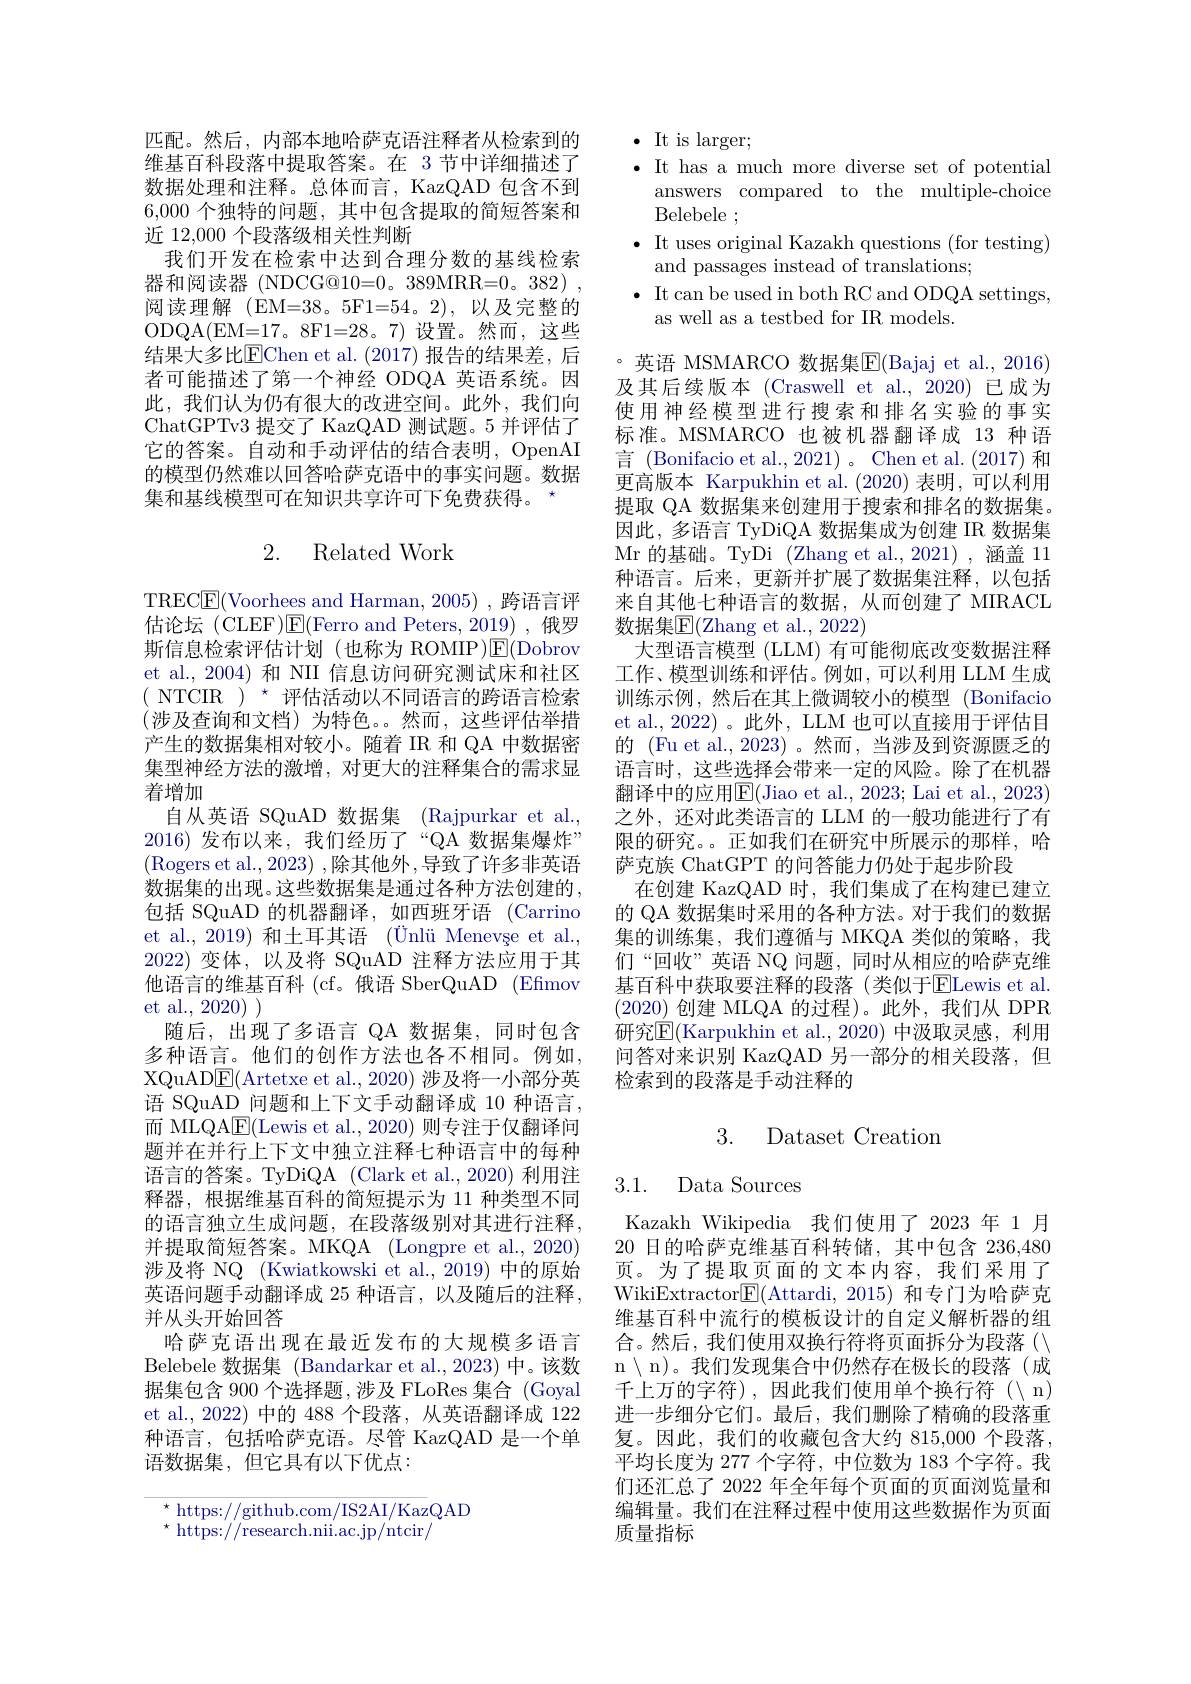
匹配。然后，内部本地哈萨克语注释者从检索到的维基百科段落中提取答案。在 3 节中详细描述了数据处理和注释。总体而言，KazQAD 包含不到6,000个独特的问题，其中包含提取的简短答案和近 12,000 个段落级相关性判断
我们开发在检索中达到合理分数的基线检索器和阅读器 (NDCG@10=0。389MRR=0。382) , 阅读理解(EM=38。5F1=54。2),以及完整的ODQA( EM= 17。8F1= 28。7) 设置。然而，这些结果大多比$\overline{\mathrm{EChen~et~al.~(2017)~}}$报告的结果差，后者可能描述了第一个神经 ODQA 英语系统。因此，我们认为仍有很大的改进空间。此外，我们向ChatGPTv3 提交了 KazQAD 测试题。5 并评估了它的答案。自动和手动评估的结合表明，OpenAI 的模型仍然难以回答哈萨克语中的事实问题。数据集和基线模型可在知识共享许可下免费获得。

# 2. Related Work

TREC$\boxed{\mathrm{F}}($Voorhees and Harman, 2005) , 跨语言评估论坛(CLEF)$\mathsf{E}($Ferro and Peters,2019),俄罗斯信息检索评估计划(也称为 ROMIP)$\mathbb{E}($Dobrov et al.,2004) 和 NII 信息访问研究测试床和社区( NTCIR ) $^{\star}$评估活动以不同语言的跨语言检索(涉及查询和文档)为特色。然而，这些评估举措产生的数据集相对较小。随着 IR 和 QA 中数据密集型神经方法的激增，对更大的注释集合的需求显着增加
自从英语 SQuAD 数据集 (Rajpurkar et al., 2016)发布以来，我们经历了“QA 数据集爆炸” (Rogers et al., 2023) ,除其他外，导致了许多非英语数据集的出现。这些数据集是通过各种方法创建的， 包括 SQuAD 的机器翻译，如西班牙语 (Carrino et al., 2019) 和土耳其语 (Ünlü Menevșe et al., 2022)变体，以及将 SQuAD 注释方法应用于其他语言的维基百科 (cf。俄语 SberQuAD (Efmov et al., 2020)
随后，出现了多语言 QA 数据集，同时包含多种语言。他们的创作方法也各不相同。例如， XQuAD$\underline{\mathrm{E}}($Artetxe et al., 2020) 涉及将一小部分英语 SQuAD 问题和上下文手动翻译成 10 种语言， 而 MLQA$\boxed{\mathrm{F}}($Lewis et al., 2020) 则专注于仅翻译问题并在并行上下文中独立注释七种语言中的每种语言的答案。TyDiQA (Clark et al.,2020) 利用注释器，根据维基百科的简短提示为 11 种类型不同的语言独立生成问题，在段落级别对其进行注释， 并提取简短答案。MKQA (Longpre et al., 2020) 涉及将 NQ (Kwiatkowski et al., 2019) 中的原始英语问题手动翻译成 25 种语言，以及随后的注释， 并从头开始回答
哈萨克语出现在最近发布的大规模多语言Belebele 数据集 (Bandarkar et al.,2023) 中。该数据集包含 900 个选择题，涉及 FLoRes 集合 (Goyal et al., 2022) 中的 488 个段落，从英语翻译成 122种语言，包括哈萨克语。尽管 KazQAD 是一个单语数据集，但它具有以下优点：
$$\begin{array}{l}\star\text{https://github.com/IS2AI/Kaz}\mathrm{QAD}\\\star\text{https://research.nii.ac.jp/ntcir/}\end{array}$$
$\textbf{. It is larger};$
$\bullet$ It has a much more diverse set of potential
answers compared to the multiple-choice
Belebele ;
$\bullet$ It uses original Kazakh questions (for testing)
and passages instead of translations;
$\bullet$ It can be used in both RC and ODQA settings,
as well as a testbed for IR models.

。英语 MSMARCO 数据集$\overline{\mathrm{F}}($Bajaj et al.,2016) 及其后续版本 (Craswell et al.,2020) 已成为使用神经模型进行搜索和排名实验的事实标准。MSMARCO 也被机器翻译成 13 种语言 (Bonifacio et al.,2021)。Chen et al.(2017) 和更高版本 Karpukhin et al.(2020) 表明，可以利用提取 QA 数据集来创建用于搜索和排名的数据集。因此，多语言 TyDiQA 数据集成为创建 IR 数据集Mr 的基础。TyDi (Zhang et al.,2021),涵盖 11种语言。后来，更新并扩展了数据集注释，以包括来自其他七种语言的数据，从而创建了 MIRACL 数据集$\mathbb{E}($Zhang et al., 2022)
大型语言模型 (LLM) 有可能彻底改变数据注释工作、模型训练和评估。例如，可以利用 LLM 生成训练示例，然后在其上微调较小的模型 (Bonifacio et al., 2022) 。此外，LLM 也可以直接用于评估目的 (Fu et al.,2023)。然而，当涉及到资源匮乏的语言时，这些选择会带来一定的风险。除了在机器翻译中的应用$\overline{\mathrm{E}}($Jiao et al., 2023; Lai et al., 2023) 之外，还对此类语言的 LLM 的一般功能进行了有限的研究。。正如我们在研究中所展示的那样，哈萨克族 ChatGPT 的问答能力仍处于起步阶段
在创建 KazQAD 时，我们集成了在构建已建立的 QA 数据集时采用的各种方法。对于我们的数据集的训练集，我们遵循与 MKQA 类似的策略，我们“回收”英语 NQ 问题，同时从相应的哈萨克维基百科中获取要注释的段落(类似于$\overline{\mathrm{E}}$Lewis et al. (2020)创建 MLQA 的过程)。此外，我们从 DPR 研究$\overline{\mathbb{E}}($Karpukhin et al.,2020) 中汲取灵感，利用问答对来识别 KazQAD 另一部分的相关段落，但检索到的段落是手动注释的

# 3. Dataset Creation

3.1. Data Sources

Kazakh Wikipedia 我们使用了 2023年 1月20 日的哈萨克维基百科转储，其中包含236，480页。为了提取页面的文本内容，我们采用了WikiExtractor$\boxed{\mathrm{F}}($Attardi, 2015) 和专门为哈萨克维基百科中流行的模板设计的自定义解析器的组合。然后，我们使用双换行符将页面拆分为段落($\setminus$ n n n 我们发现集合中仍然存在极长的段落(成千上万的字符),因此我们使用单个换行符($\setminus n)$ 进一步细分它们。最后，我们删除了精确的段落重复。因此，我们的收藏包含大约 815,000 个段落， 平均长度为 277 个字符，中位数为 183 个字符。我们还汇总了 2022 年全年每个页面的页面浏览量和编辑量。我们在注释过程中使用这些数据作为页面质量指标